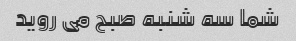
شما سه شنبه صبح می روید